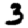
Digit: 3